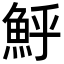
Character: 𩶈